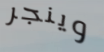
وينجر